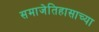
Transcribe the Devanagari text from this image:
समाजेतिहासाच्या